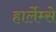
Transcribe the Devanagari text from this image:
हार्लेम्से